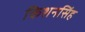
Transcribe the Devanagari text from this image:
किशनसिंह